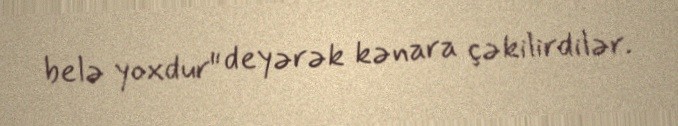
belə yoxdur" deyərək kənara çəkilirdilər.